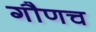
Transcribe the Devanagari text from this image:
गौणच